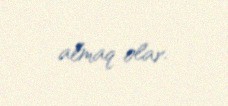
almaq olar.